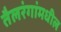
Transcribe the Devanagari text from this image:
तैलरंगांमधील